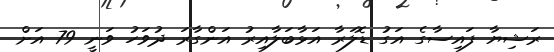
ރަޝިޔާ ފައިސާގެ އަގު ޑޮލަރާ އަޅާބަލާއިރު އަންގާރަ ދުވަހު ވަނީ 79 އަށް